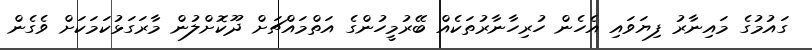
ގައުމުގެ މައިނާރު ފިޔަވައި އެހެން ހުރިހާނާރުތަކެއް ބޭރުމީހުންގެ އަތްމައްޗަށް ދޫކޮށްލުން މާރަގަޅުކަމަކަށް ވެގެން